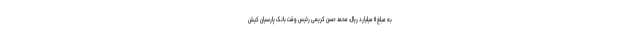
به مبلغ ۱۱ میلیارد ریال، محمد حسن کریمی رئیس وقت بانک پارسیان کیش